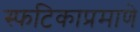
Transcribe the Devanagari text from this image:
स्फटिकाप्रमाणे